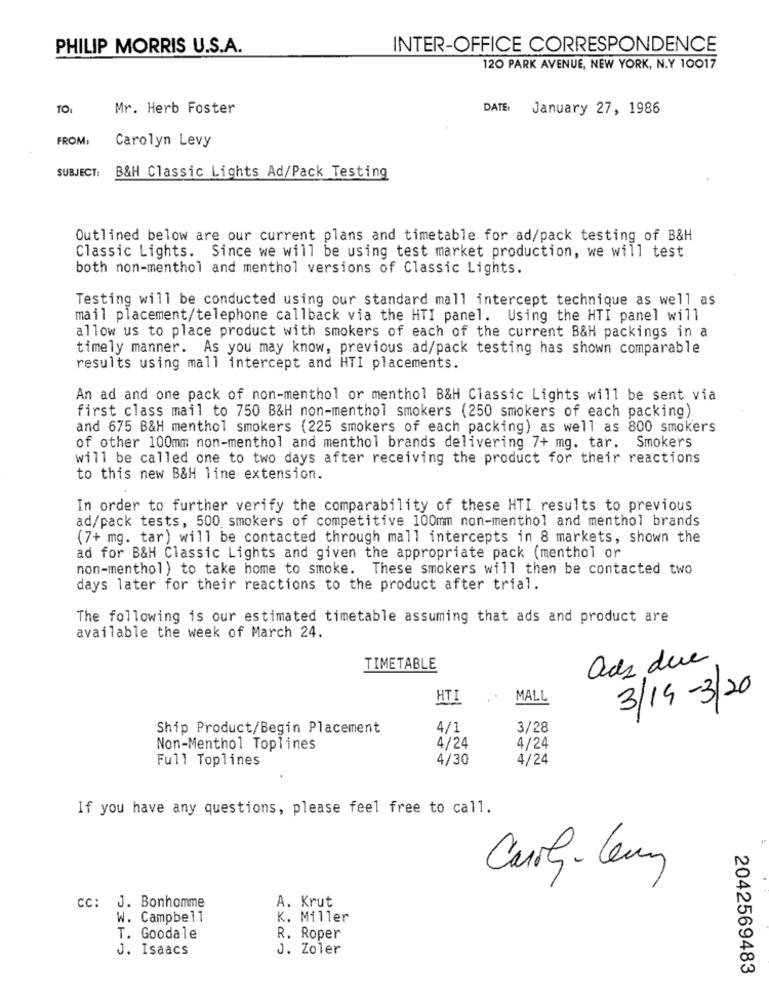
PHILIP MORRIS U.S.A.
INTER-OFFICE CORRESPONDENCE
120 PARK AVENUE, NEW YORK, N.Y 10017
TOI
Mr. Herb Foster
DATE:
January 27, 1986
FROM:
Carolyn Levy
SUBJECT:
B&H Classic Lights Ad/Pack Testing
Outlined below are our current plans and timetable for ad/pack testing of B&H
Classic Lights. Since we will be using test market production, we will test
both non-menthol and menthol versions of Classic Lights.
Testing will be conducted using our standard mall intercept technique as well as
mail placement/telephone callback via the HTI panel. Using the HTI panel will
allow us to place product with smokers of each of the current B&H packings in a
timely manner. As you may know, previous ad/pack testing has shown comparable
results using mall intercept and HTI placements.
An ad and one pack of non-menthol or menthol B&H Classic Lights will be sent via
first class mail to 750 B&H non-menthol smokers (250 smokers of each packing)
and 675 B&H menthol smokers (225 smokers of each packing) as well as 800 smokers
of other 100mm non-menthol and menthol brands delivering 7+ mg. tar. Smokers
will be called one to two days after receiving the product for their reactions
to this new B&H line extension.
In order to further verify the comparability of these HTI results to previous
ad/pack tests, 500 smokers of competitive 100mm non-menthol and menthol brands
(7+ mg. tar) will be contacted through mall intercepts in 8 markets, shown the
ad for B&H Classic Lights and given the appropriate pack (menthol or
non-menthol) to take home to smoke. These smokers will then be contacted two
days later for their reactions to the product after trial.
The following is our estimated timetable assuming that ads and product are
available the week of March 24.
ads dere
TIMETABLE
HTI
MALL
3/14-3/20
Ship Product/Begin Placement
4/1
3/28
Non-Menthol Toplines
4/24
4/24
Full Toplines
4/30
4/24
If you have any questions, please feel free to call.
Carry-Ceny
CC: J. Bonhomme
A. Krut
W. Campbell
K. Miller
T. Goodale
R. Roper
J. Isaacs
J. Zoler
2042569483